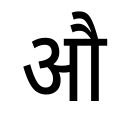
OCR:
औ